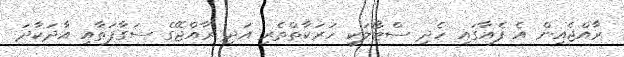
ރާއްޖެއިން އެ ފެއާގައި ހެދި ސްޓޯލަކީ ހަރަކާތްތެރި އަދި ރާއްޖޭގެ ސަގާފަތާއި އާދަކާދަ